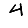
Digit: 4